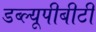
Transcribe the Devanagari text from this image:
डब्ल्यूपीबीटी